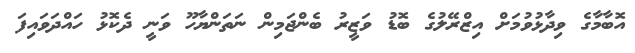
އޮބާމާގެ ވިދާޅުވުމަށް އިޒްރޭލުގެ ބޮޑު ވަޒީރު ބެންޖަމިން ނަތަންޔާހޫ ވަނީ ދެކޮޅު ހައްދަވައިފަ